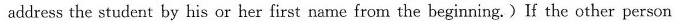
address the student by his or her first name from the beginning.)If the other person